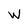
Character: W